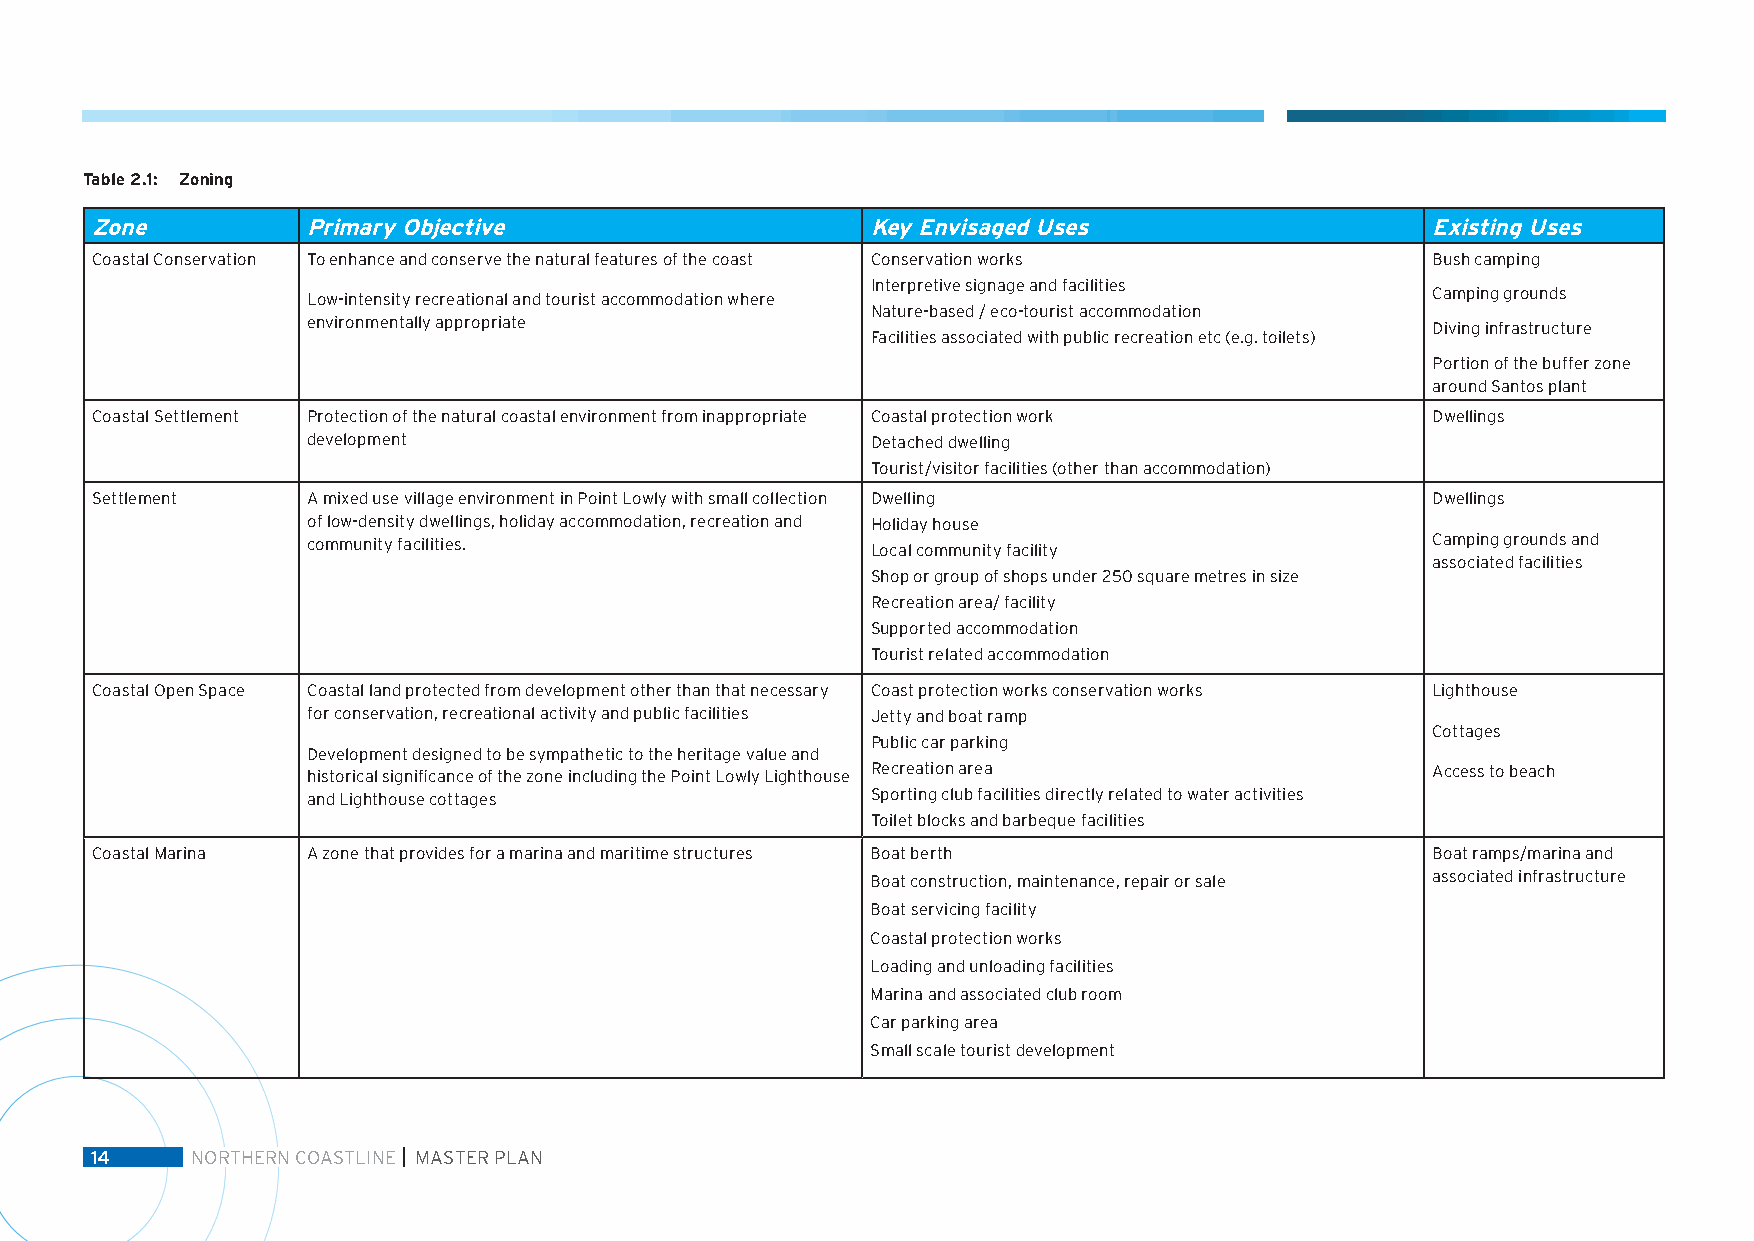
Table 2.1: Zoning
 Zone          Primary Objective                     Key Envisaged Uses                   Existing Uses
 Coastal Conservation To enhance and conserve the natural features of the coast Conservation works Bush camping
 Interpretive signage and facilities
 Low-intensity recreational and tourist accommodation where                 Camping grounds
 Nature-based / eco-tourist accommodation
 environmentally appropriate                                                Diving infrastructure
 Facilities associated with public recreation etc (e.g. toilets)
 Portion of the buffer zone
 around Santos plant
 Coastal Settlement Protection of the natural coastal environment from inappropriate Coastal protection work Dwellings
 development                           Detached dwelling
 Tourist/visitor facilities (other than accommodation)
 Settlement    A mixed use village environment in Point Lowly with small collection Dwelling Dwellings
 of low-density dwellings, holiday accommodation, recreation and Holiday house
 community facilities.                                                      Camping grounds and
 Local community facility
 associated facilities
 Shop or group of shops under 250 square metres in size
 Recreation area/ facility
 Supported accommodation
 Tourist related accommodation
 Coastal Open Space Coastal land protected from development other than that necessary Coast protection works conservation works Lighthouse
 for conservation, recreational activity and public facilities Jetty and boat ramp
 Cottages
 Public car parking
 Development designed to be sympathetic to the heritage value and
 historical significance of the zone including the Point Lowly Lighthouse Recreation area Access to beach
 and Lighthouse cottages               Sporting club facilities directly related to water activities
 Toilet blocks and barbeque facilities
 Coastal Marina A zone that provides for a marina and maritime structures Boat berth      Boat ramps/marina and
 Boat construction, maintenance, repair or sale associated infrastructure
 Boat servicing facility
 Coastal protection works
 Loading and unloading facilities
 Marina and associated club room
 Car parking area
 Small scale tourist development
 14     NORTHERN COASTLINE MASTER PLAN